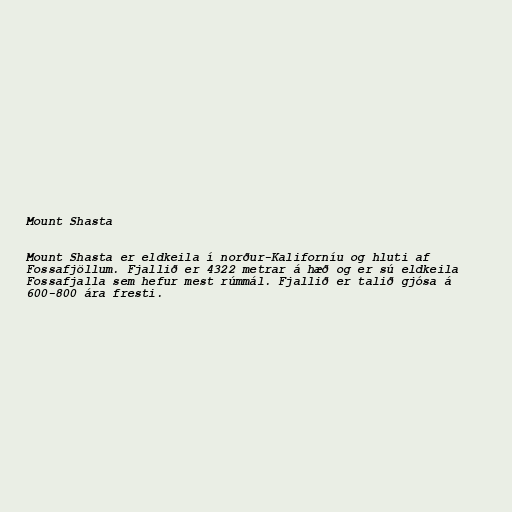
Mount Shasta

Mount Shasta er eldkeila í norður-Kaliforníu og hluti af
Fossafjöllum. Fjallið er 4322 metrar á hæð og er sú eldkeila
Fossafjalla sem hefur mest rúmmál. Fjallið er talið gjósa á
600-800 ára fresti.